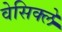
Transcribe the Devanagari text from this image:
वेसिक्ले